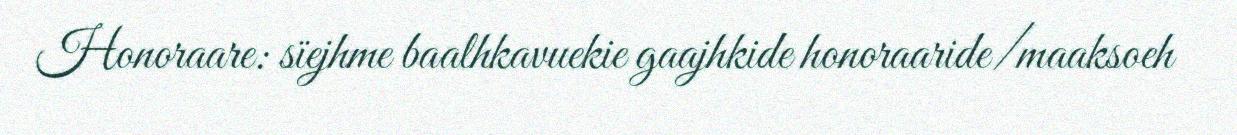
Honoraare: sïejhme baalhkavuekie gaajhkide honoraaride/maaksoeh